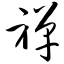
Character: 禅